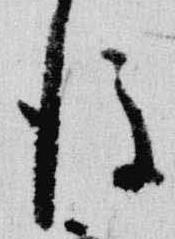
後